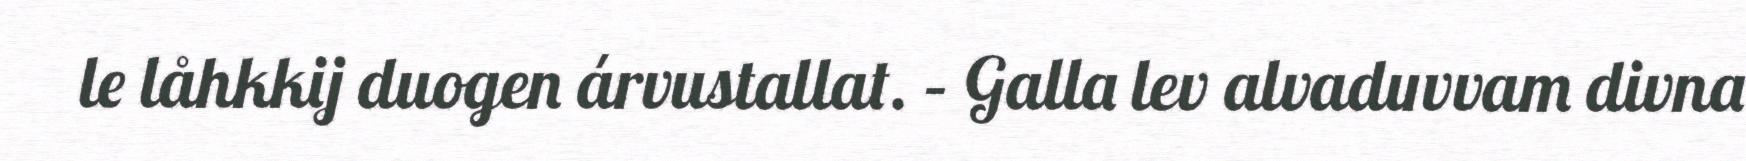
le låhkkij duogen árvustallat. – Galla lev alvaduvvam divna